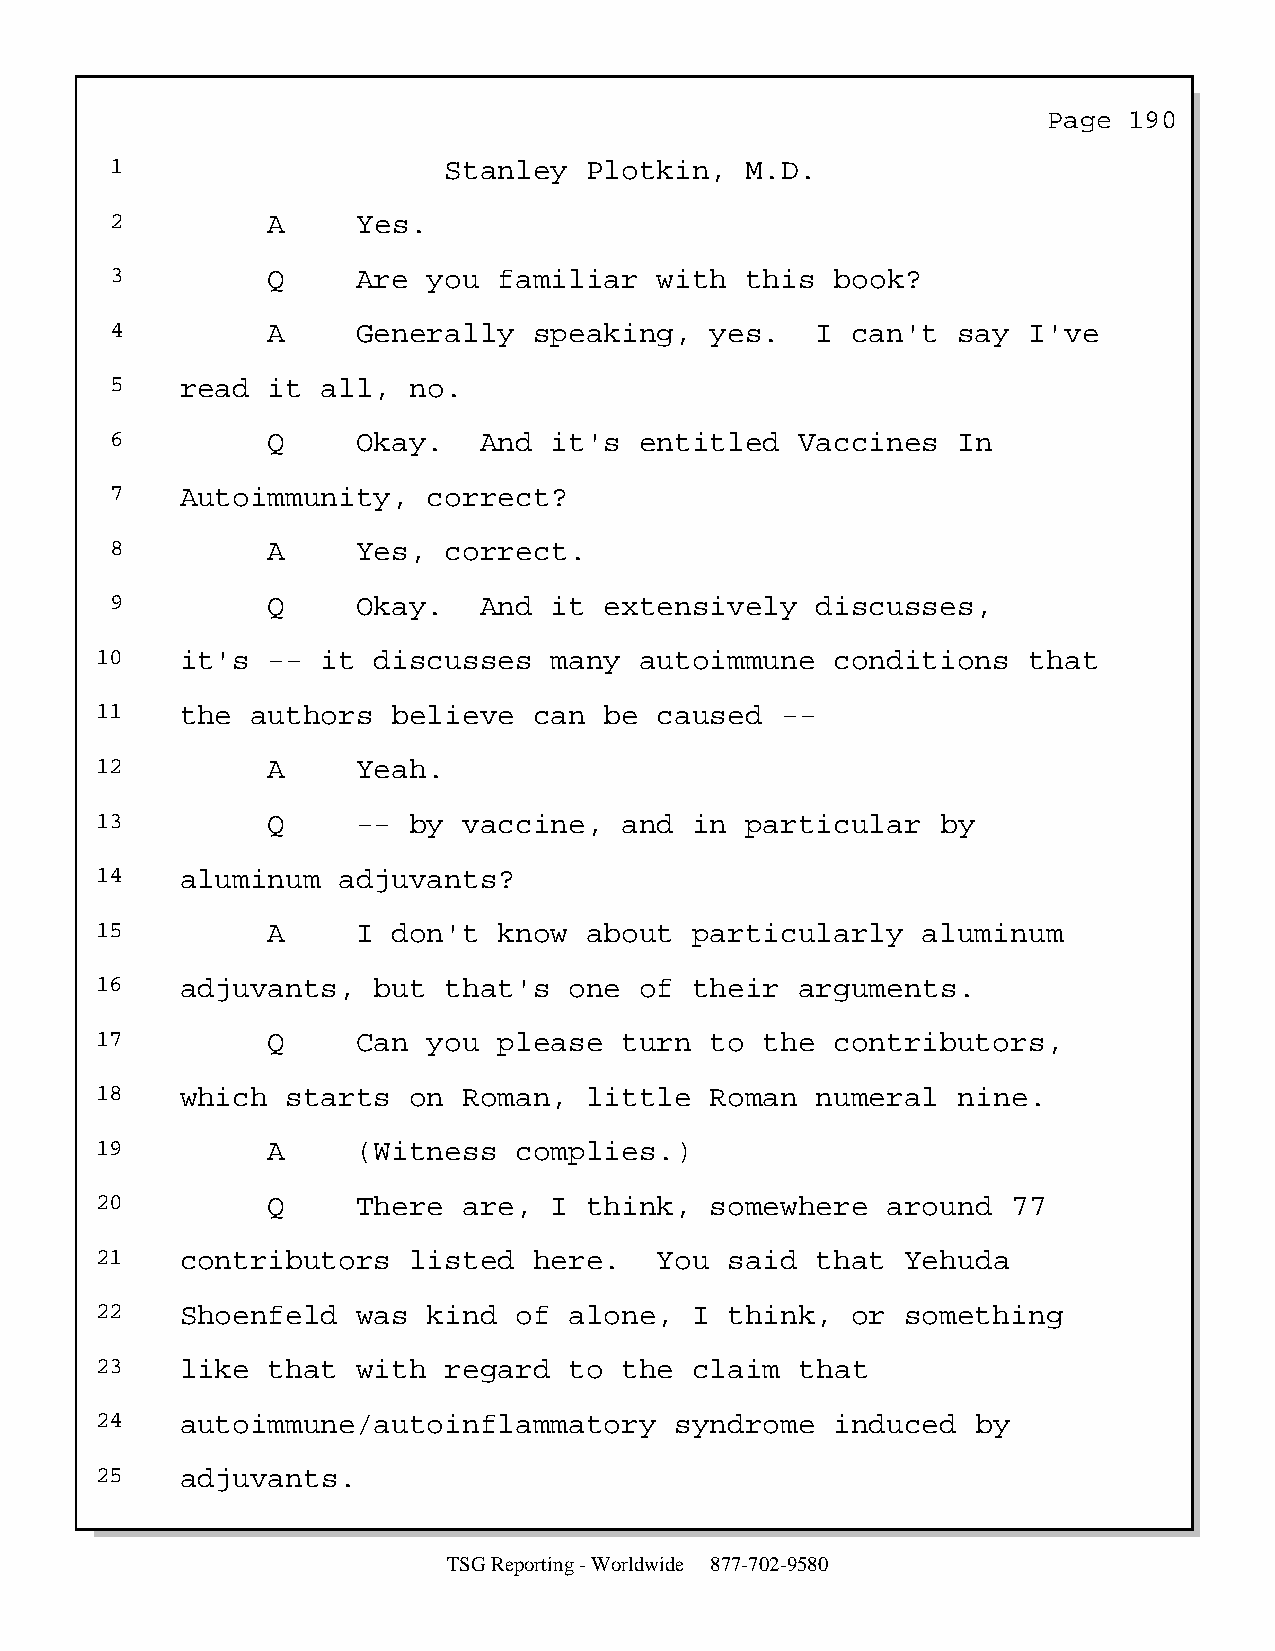
Page  190
 1                     Stanley   Plotkin,  M.D.
 2          A     Yes.
 3          Q     Are you  familiar   with this  book?
 4          A     Generally  speaking,   yes.   I can't  say  I've
 5    read  it all,  no.
 6          Q     Okay.   And it's  entitled   Vaccines  In
 7    Autoimmunity,   correct?
 8          A     Yes, correct.
 9          Q     Okay.   And it  extensively   discusses,
 10    it's  -- it  discusses  many  autoimmune   conditions   that
 11    the  authors  believe  can  be  caused  --
 12          A     Yeah.
 13          Q     -- by  vaccine,  and  in particular   by
 14    aluminum  adjuvants?
 15          A     I don't  know  about  particularly   aluminum
 16    adjuvants,   but that's   one of  their  arguments.
 17          Q     Can you  please  turn  to  the contributors,
 18    which  starts  on  Roman,  little  Roman  numeral  nine.
 19          A     (Witness  complies.)
 20          Q     There  are, I  think,  somewhere   around  77
 21    contributors   listed  here.    You said  that  Yehuda
 22    Shoenfeld   was kind  of  alone,  I think,  or  something
 23    like  that  with regard   to the  claim  that
 24    autoimmune/autoinflammatory      syndrome  induced   by
 25    adjuvants.
 TSG Reporting - Worldwide 877-702-9580